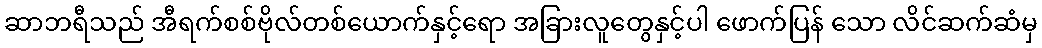
ဆာဘရီသည် အီရက်စစ်ဗိုလ်တစ်ယောက်နှင့်ရော အခြားလူတွေနှင့်ပါ ဖောက်ပြန် သော လိင်ဆက်ဆံမှ